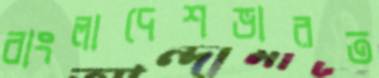
বাংলাদেশভারত